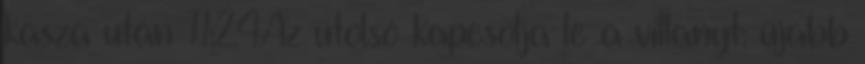
kasza után 11:24Az utolsó kapcsolja le a villanyt: újabb